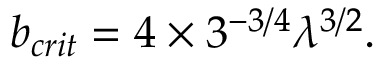
b _ { c r i t } = 4 \times 3 ^ { - 3 / 4 } \lambda ^ { 3 / 2 } .